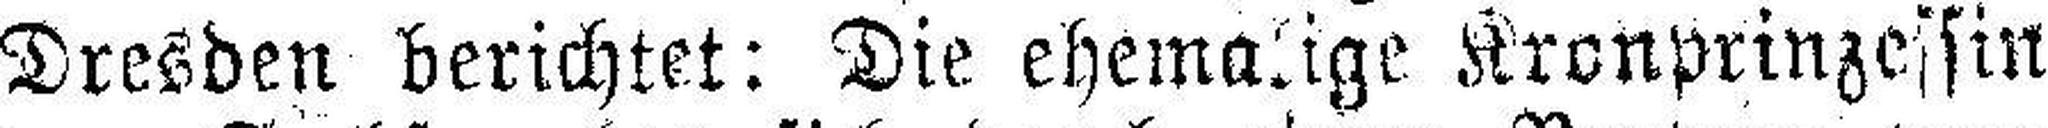
Dresden berichtet: Die ehemalige Kronprinzessin